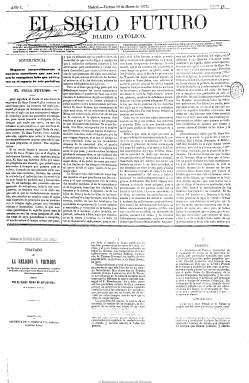
Título: El Siglo futuro
Colección: Periódicos || Carlismo
Ámbito geográfico: Madrid
Lugar de publicación: Madrid
Fechas: 19/03/1875-16/07/1936

Fundado por Cándido Nocedal (1821-1885), aparece el 19 de marzo de 1875 con el subtítulo “diario católico”, cuando la tercera guerra carlista (1872-1876) está en un momento enconado, pero no defenderá claramente esta causa hasta 1879, manteniendo una exacerbada polémica en el seno del carlismo con La Fe (1876-1891), de Antonio Juan de Vildósola (1829-1893) y Vicente de la Hoz y Liniers (1841-1886), y el “colaboracionista” El Fénix (1879-1884), de Alejandro Pidal y Mon (1846-1913), que acabará años después en el cisma entre sus filas. Nocedal fue en este tiempo jefe de prensa y representante en Madrid del pretendiente Carlos María de Borbón (1848-1909) –Carlos VII–, pero el órgano oficial del carlismo lo ostentaba el diario El Correo catalán, que a partir de 1876 había fundado Luis María Llauder (1837-1902).

El Siglo futuro no aparecerá los días festivos, tendrá una larga vida que alcanza los 61 años, será de gran formato, que variará en el tiempo, así como las imprentas en la que será estampado, y pasará de ser compuesto de cuatro a cinco columnas. Con editoriales y artículos doctrinales, políticos y religiosos y noticias nacionales y extranjeras, muchas de ellas recogidas de otros periódicos, como especie de revista de prensa, y otras procedentes de telegramas de la agencia Fabra. Contaba también con una sección oficial, otra religiosa, gacetillas y mientras duró la guerra carlista una propia sobre noticias de la misma. Al principio publicará un folletín de carácter religioso y moralista. Visualmente se caracterizará por circunscribir su primera plana con una gran orla negra, y el espacio para los anuncios comerciales, que habían sido escasos al principio, irá aumentando con los años, incluyendo las esquelas.

Entre sus primeros y principales redactores y colaboradores estuvieron Leandro Ángel Herrero, Gabino Tejado, Francisco Navarro Villoslada, Manuel Tamayo y Baus, Francisco Mateos Gago, Juan Manuel Ortí y Lara, Zacarías Metola y José Fernández Montaña.

Nocedal entablará una batalla doctrinal no sólo con los periódicos ya citados de su mismo carácter ideológico sino con los propios obispos españoles a los que tachará de veleidades liberales, y mientras que Pidal y Mon y su nuevo partido Unión Católica (1879) terminará engrosando las filas del canovista Partido Conservador, ocupando su ala más a la derecha, La Fe será desautorizada en 1881 por el pretendiente don Carlos.

A la muerte de Nocedal y después de un breve “directorio” carlista integrado por varios generales, Francisco Navarro Villoslada será nombrado jefe de Comunión Tradicionalista y su jefe de prensa, a la vez que el hijo de don Cándido –Ramón Nocedal Romea (1842-1907)– tomará las riendas del diario y lejos de ir hacia un encuentro con sus correligionarios, radicalizará su ideología antiliberal llegando al enfrentamiento directo y personal con Carlos VII, y junto a otros 23 periódicos de la misma naturaleza publicará el Manifiesto de la Prensa Tradicionalista, siendo acusado por el mismo pretendiente de “rebelde y excitador de la rebeldía” a su causa, decretando su expulsión del Partido Tradicionalista. Fruto de esta escisión, en 1889, nace el Partido Integrista, del que El Siglo futuro será su órgano central de prensa.

El diario integrista ocupará pues, a través de su furibundo antiliberalismo neocatólico, la extrema derecha política española y seguirá atacando a sus irreconciliables periódicos enemigos dentro de las propias filas ultramontanas y a los mismos prelados españoles de la Restauración, a través de su máxima de que el liberalismo era “pecado”.

Tras el fallecimiento de Ramón Nocedal, en 1907, y el del pretendiente Carlos VII, en 1909, asume la jefatura del Partido Integrista Juan de Olozábal Ramery (1863-1937), a quien se le transfiere la propiedad de El Siglo futuro, que había iniciado una segunda época y numeración dos años antes y que seguidamente estampará junto a su cabecera un estampa del Sagrado Corazón de Jesús. Será nombrado director del diario Manuel Senante Martínez (1873-1959), y entre sus principales redactores y colaboradores de entre siglos destacaron Cristóbal Botella, Manuel Sánchez Asensio, Manuel Sánchez Cuesta (con el seudónimo Mirabal), Antonio María Sanz Cerrada (Fray Junípero), Juan Marín del Campo (Chafarote) y como editorialista, Emilio Ruiz Muñoz. Jenaro Fernández Yáñez será su redactor-jefe, siendo sustituido después por Jaime Maestro.

Si durante la primera guerra mundial se había declarado germanófilo, la proclamación de la II República Española, en abril de 1931, será obviada en su primera plana. Desde su militancia ultracatólica, su credo siguió siendo de un furibundo fundamentalismo antiliberal, el más reaccionario, fanático e intransigente del neocatolicismo, siendo tildado de “cavernícola”. Con una tirada escasa, en torno a los 5.000 ejemplares, y una circulación por suscripción, según Seoane, fue el clásico diario de los curas rurales mesetarios.

Coincidiendo con la muerte del heredero Jaime de Borbón (1870-1931) y la asunción de la jefatura de la causa legitimista por parte de su tío Alfonso Carlos (1849-1936), de carácter más integrista, a finales de 1931 se producirá la reconciliación entre Comunión Tradicionalista Carlista y el Partido Integrista, pasando El Siglo futuro a ser órgano oficial del movimiento tras la reunificación, momento en el que su director –Juan de Olózabal– forma también parte activa en la fundación de Acción Nacional.

En mayo de 1933, Olózabal entrega gratuitamente la propiedad del periódico a Sociedad Editorial Tradicionalista, de la que es presidente el conde de Rodezno, Tomás Domínguez Arévalo (1882-1952). El cuatro de noviembre de ese año cambia su subtítulo “diario católico tradicionalista” por el lema: “Dios, patria, rey”, coincidiendo con un número dedicado al “centenario” carlista, y formalizando una alianza política con Renovación Española (TYRE). Un año después el integrista Manuel Fal Conde (1894-1975), quien ya había participado en la sanjurjada de 1932 y después participará en los preparativos del golpe de julio de 1936, toma la jefatura del movimiento carlista y sellará una alianza con Falange y las JAP, estableciendo relaciones con el fascismo italiano.

El diario había pasado a ser compuesto a siete columnas y había aumentado hasta las seis páginas. Durante varios años había llegado a editar un almanaque y a sacar diferentes ediciones. Había introducido en sus paginas la información sobre las cotizaciones de la bolsa y los deportes, la crítica teatral y la literaria, y ya en la década de 1920 había empezado a incluir la fotografía y las viñetas de actualidad, aunque al principio modestamente, y coincidiendo con un número especial, el 22 de abril 1935 comenzará a insertarlas profusamente, empezando con una de gran formato en su primera página, al tiempo que cambia radicalmente su diseño, haciéndolo más gráfico y atractivo, y aumentando sus páginas hasta las 32.

Ya a partir de los años veinte se había hecho evidente también su obsesión apocalíptica de que los males de España eran fruto de la alianza entre la masonería, el judaísmo y el comunismo internacionales, así que aplaudirá la política antisemítica del nazismo, aunque no estuviera de acuerdo con la teoría de la superioridad de la raza aria en Europa. Editó su último número el 18 de julio de 1936, y con la sublevación militar sus talleres fueron confiscados por la CNT, de los que saldrá el periódico Castilla libre.